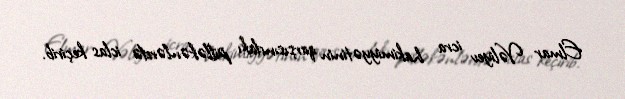
Elmar Vəliyev icra hakimiyyətinin qarşısındakı pilləkənlərdə iclas keçirib.